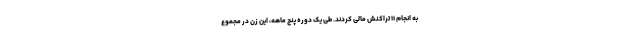
به انجام ۱۱ تراکنش مالی کردند. طی یک دوره پنج ماهه، این زن در مجموع